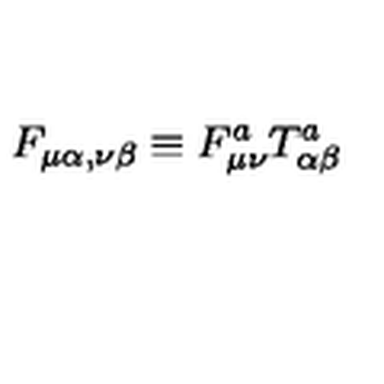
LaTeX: F _ { \mu \alpha , \nu \beta } \equiv F _ { \mu \nu } ^ { a } T _ { \alpha \beta } ^ { a }